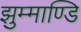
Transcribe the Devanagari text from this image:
झुम्माण्डि